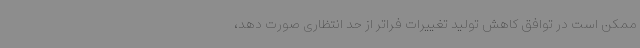
ممکن است در توافق کاهش تولید تغییرات فراتر از حد انتظاری صورت دهد،